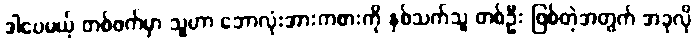
ဒါပေမယ့် တစ်ဖက်မှာ သူဟာ ဘောလုံးအားကစားကို နှစ်သက်သူ တစ်ဦး ဖြစ်တဲ့အတွက် အခုလို